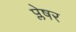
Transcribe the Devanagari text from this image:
प्लेषर